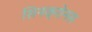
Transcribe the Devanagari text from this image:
सिनक्रोनस